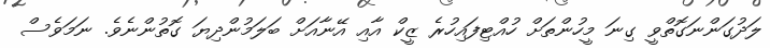
ލަދުގަންނަގޮތްވީ ގިނަ މީހުންތަށް ހުއްޓިފައިހުރެ ޒީކް އާއި އޭނާއަށް ބަލަމުންދިޔަ ގޮތުންނެވެ. ނަމަވެސް